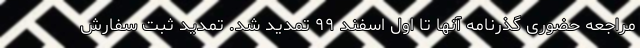
مراجعه حضوری گذرنامه آنها تا اول اسفند ۹۹ تمدید شد. تمدید ثبت سفارش